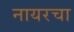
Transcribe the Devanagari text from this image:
नायरचा